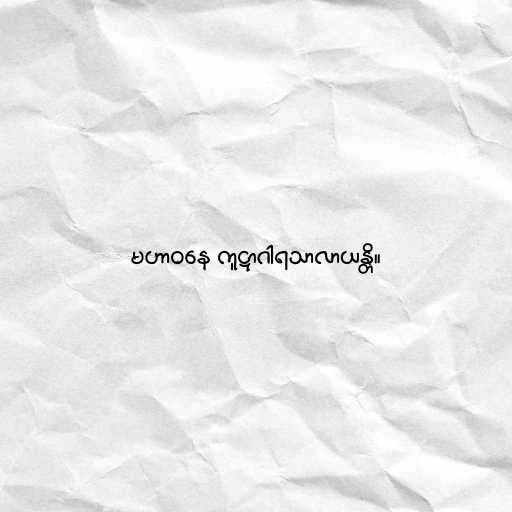
မဟာဝနေ ကူဋာဂါရသာလာယန္တိ။